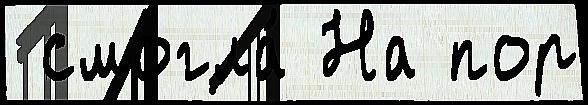
 смогла́ На пор